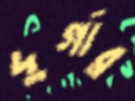
দুর্গার